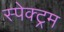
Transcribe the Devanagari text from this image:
स्पेक्‍ट्रम